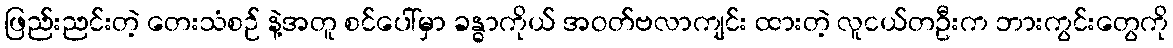
ဖြည်းညင်းတဲ့ တေးသံစဉ် နဲ့အတူ စင်ပေါ်မှာ ခန္ဓာကိုယ် အဝတ်ဗလာကျင်း ထားတဲ့ လူငယ်တဦးက ဘားကွင်းတွေကို